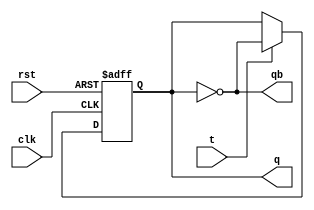


module tff(
    input clk, rst, t,
    output reg q, 
    output qb
    );
    always @ (posedge clk, posedge rst)  // asynchronous reset
    begin
        if (rst)
            q <= 1'b0;
        else if (t)
            q <= ~q;
        else 
            q <= q;
    end  
   assign qb = ~q;
    
endmodule